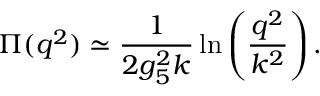
\Pi ( q ^ { 2 } ) \simeq { \frac { 1 } { 2 g _ { 5 } ^ { 2 } k } } \ln \left( { \frac { q ^ { 2 } } { k ^ { 2 } } } \right) .